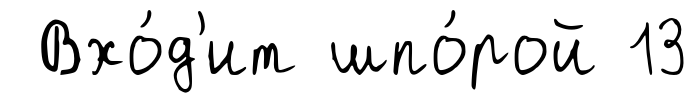
Вхо́д'ит шпо́рой 13